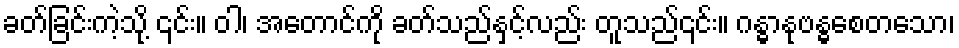
ခတ်ခြင်းကဲ့သို့ ၎င်း။ ဝါ၊ အတောင်ကို ခတ်သည်နှင့်လည်း တူသည်၎င်း။ ဂန္ဓာနုဗန္ဓစေတသော၊